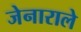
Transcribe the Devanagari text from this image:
जेनाराले